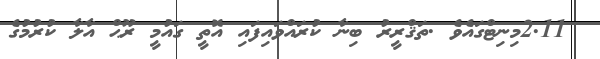
2.11މިނިޓްގައެވެ .ތަޤްރީރު ބިނާ ކުރައްވައިފައި އޮތީ ގައުމީ ރޫޙް އާލާ ކުރުމުގެ